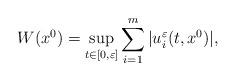
LaTeX: \begin{align*}W(x^0) = \sup_{t\in [0,\varepsilon]}\sum_{i=1}^m |u_i^{\varepsilon}(t,x^0)|,\end{align*}